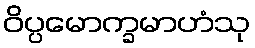
ဝိပ္ပမောက္ခမာဟံသု